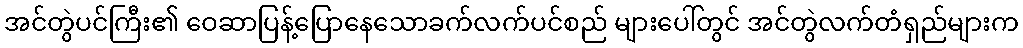
အင်တွဲပင်ကြီး၏ ဝေဆာပြန့်ပြောနေသောခက်လက်ပင်စည် များပေါ်တွင် အင်တွဲလက်တံရှည်များက